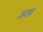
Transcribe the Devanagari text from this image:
अरब़